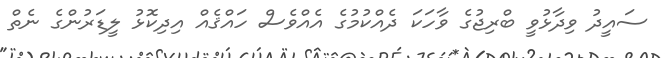
ސައީދު ވިދާޅުވީ ބްރިޖުގެ ވާހަކަ ދެއްކުމުގެ އެއްވެސް ހައްޤެއް އިދިކޮޅު ލީޑަރުންގެ ނެތް